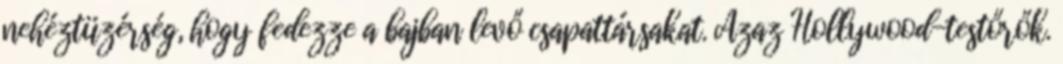
nehéztüzérség, hogy fedezze a bajban levő csapattársakat. Azaz Hollywood-testőrők.